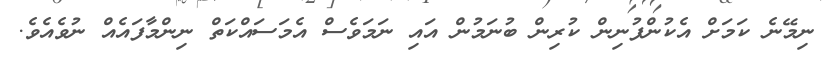
ނިމޭނެ ކަމަށް އެކުންފުނިން ކުރިން ބުނަމުން އައި ނަމަވެސް އެމަސައްކަތް ނިންމާފައެއް ނުވެއެވެ.